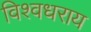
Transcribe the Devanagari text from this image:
विश्वधराय